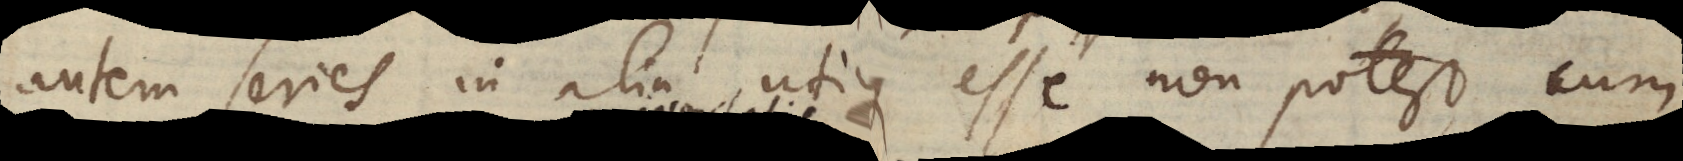
autem series in alia utique esse non potest, cum